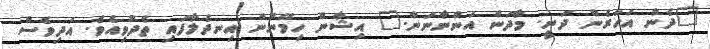
"ދެން އަހަރެން ދަނީ. މާދަން އަންނާނަން." އިޝާން ހިމޭނުން އިނދެލާފައި ތެދުވިއެވެ. އަދިވެސް